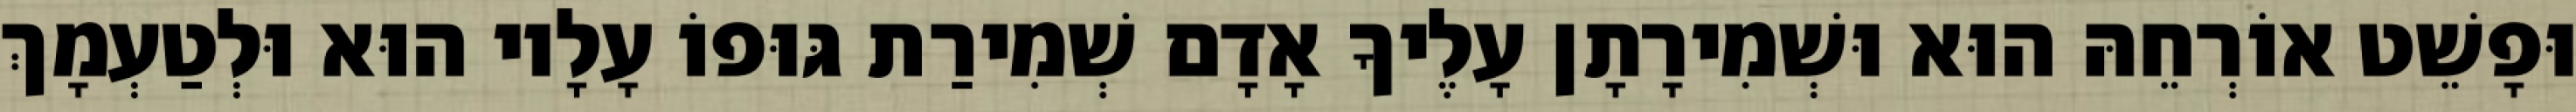
וּפָשֵׁט אוֹרְחֵהּ הוּא וּשְׁמִירָתָן עָלֶיךָ אָדָם שְׁמִירַת גּוּפוֹ עָלָיו הוּא וּלְטַעְמָךְ